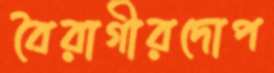
বৈরাগীরদোপ